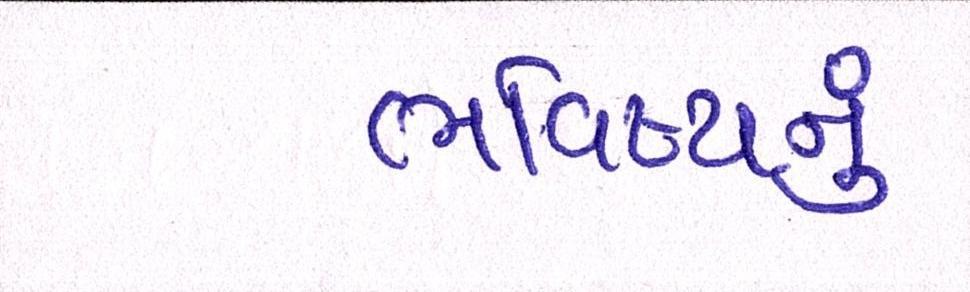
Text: ભવિષ્યનું